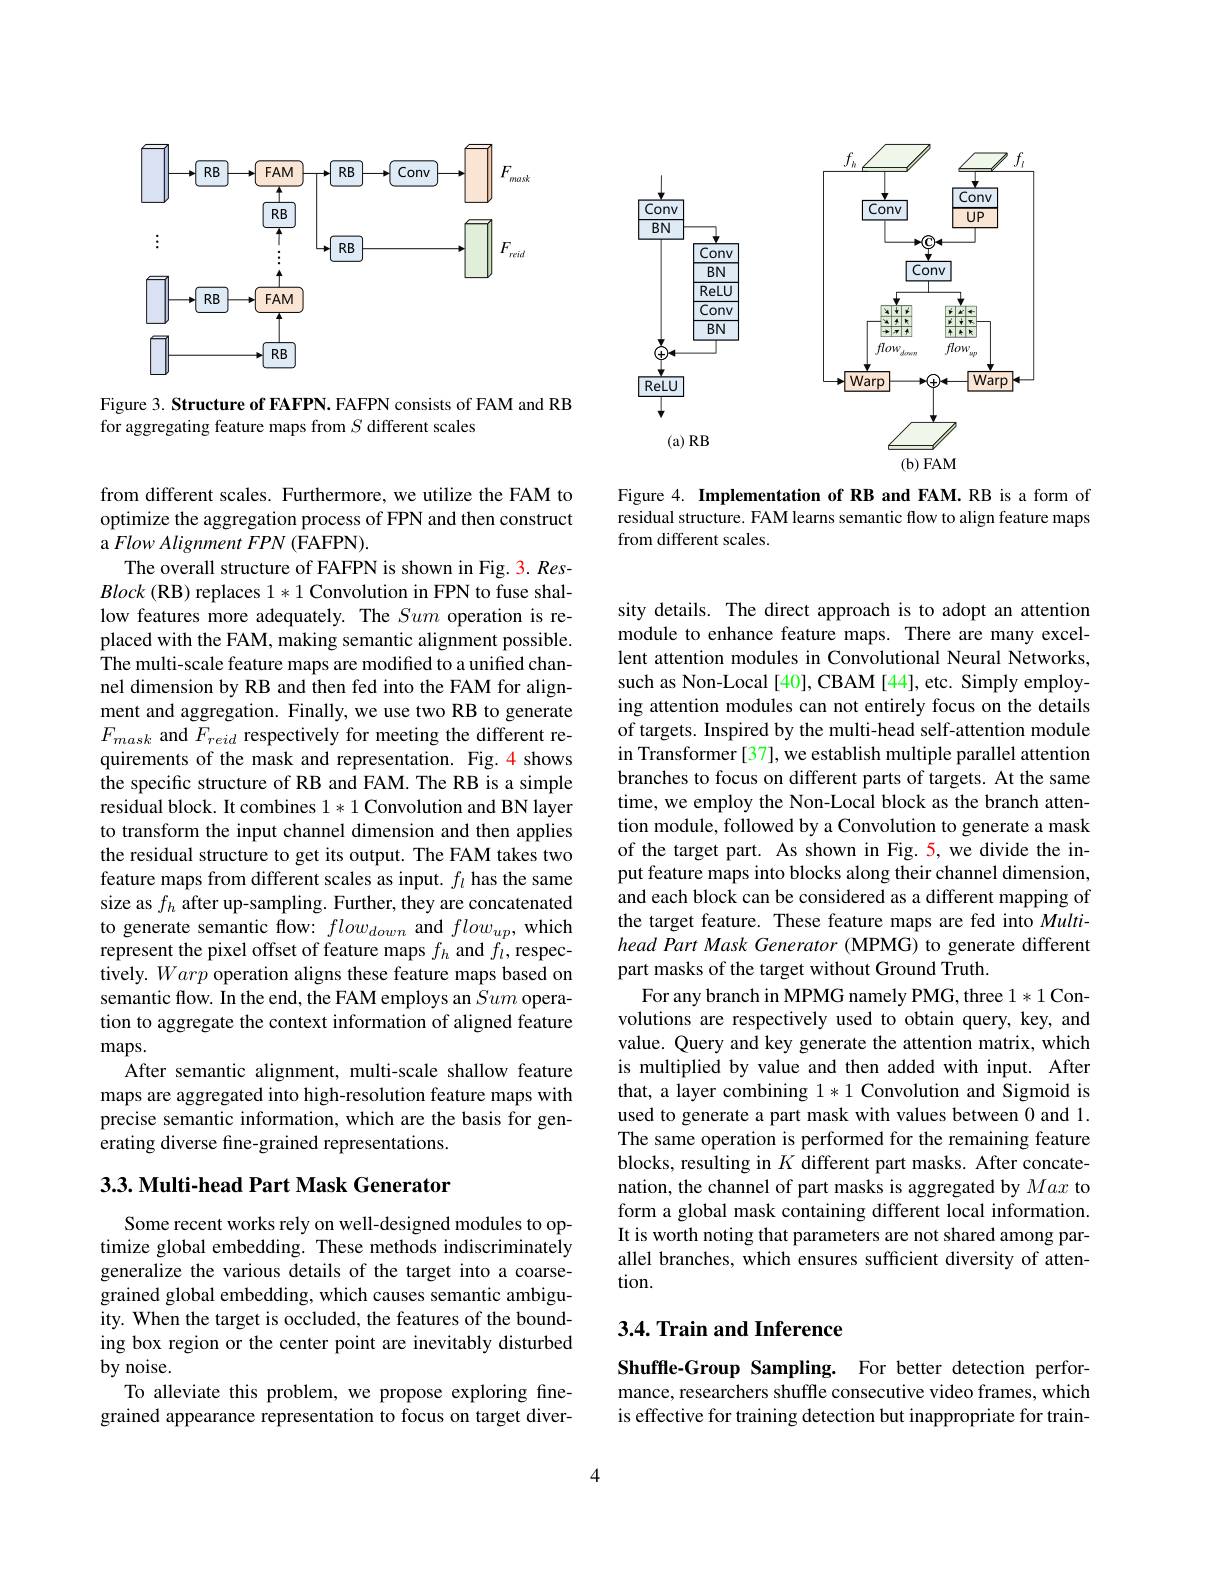
<FigureHere>

Figure 3. Structure of FAFPN. FAFPN consists of FAM and RB
for aggregating feature maps from $S$ different scales

from different scales. Furthermore, we utilize the FAM to optimize the aggregation process of FPN and then construct a Flow Alignment FPN (FAFPN).
The overall structure of FAFPN is shown in Fig. 3. ResBlock (RB) replaces 1*1 Convolution in FPN to fuse shallow features more adequately. The Sum operation is replaced with the FAM, making semantic alignment possible. The multi-scale feature maps are modified to a unified channel dimension by RB and then fed into the FAM for alignment and aggregation. Finally, we use two RB to generate $F_{mask}$ and $F_reid$ respectively for meeting the different requirements of the mask and representation. Fig.4 shows the specific structure of RB and FAM. The RB is a simple residual block. It combines 1*1 Convolution and BN layer to transform the input channel dimension and then applies the residual structure to get its output. The FAM takes two feature maps from different scales as input. $f_l$ has the same size as $f_h$ after up-sampling. Further, they are concatenated to generate semantic flow: $flow_{down}$ and $flow_{up}$, which represent the pixel offset of feature maps $f_h$ and $f_l$,respectively. Warp operation aligns these feature maps based on semantic flow. In the end, the FAM employs an Sum operation to aggregate the context information of aligned feature maps.
After semantic alignment, multi-scale shallow feature maps are aggregated into high-resolution feature maps with precise semantic information, which are the basis for generating diverse fine-grained representations.

## 3.3. Multi- head Part Mask Generator

Some recent works rely on well-designed modules to optimize global embedding. These methods indiscriminately generalize the various details of the target into a coarsegrained global embedding, which causes semantic ambiguity. When the target is occluded, the features of the bounding box region or the center point are inevitably disturbed by noise.
To alleviate this problem, we propose exploring finegrained appearance representation to focus on target diver-

<FigureHere>

Figure 4. Implementation of RB and FAM.RB is a form of residual structure. FAM learns semantic flow to align feature maps from different scales.

sity details. The direct approach is to adopt an attention module to enhance feature maps. There are many excellent attention modules in Convolutional Neural Networks, such as Non-Local [40], CBAM [44], etc. Simply employing attention modules can not entirely focus on the details of targets. Inspired by the multi-head self-attention module in Transformer [37], we establish multiple parallel attention branches to focus on different parts of targets. At the same time, we employ the Non-Local block as the branch attention module, followed by a Convolution to generate a mask of the target part. As shown in Fig.5, we divide the input feature maps into blocks along their channel dimension, and each block can be considered as a different mapping of the target feature. These feature maps are fed into Multihead Part Mask Generator (MPMG) to generate different part masks of the target without Ground Truth.
For any branch in MPMG namely PMG, three 1*1 Convolutions are respectively used to obtain query, key, and value. Query and key generate the attention matrix, which is multiplied by value and then added with input. After that, a layer combining 1*1 Convolution and Sigmoid is used to generate a part mask with values between 0 and 1. The same operation is performed for the remaining feature blocks, resulting in $K$ different part masks. After concatenation, the channel of part masks is aggregated by Max to form a global mask containing different local information. It is worth noting that parameters are not shared among parallel branches, which ensures sufficient diversity of attention.

# 3.4. Train and Inference

Shuffle-Group Sampling. For better detection performance, researchers shuffle consecutive video frames, which is effective for training detection but inappropriate for train-

4